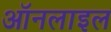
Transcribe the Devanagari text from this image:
ऑनलाइल